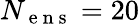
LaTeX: N_{\mathrm{~e~n~s~}}=20